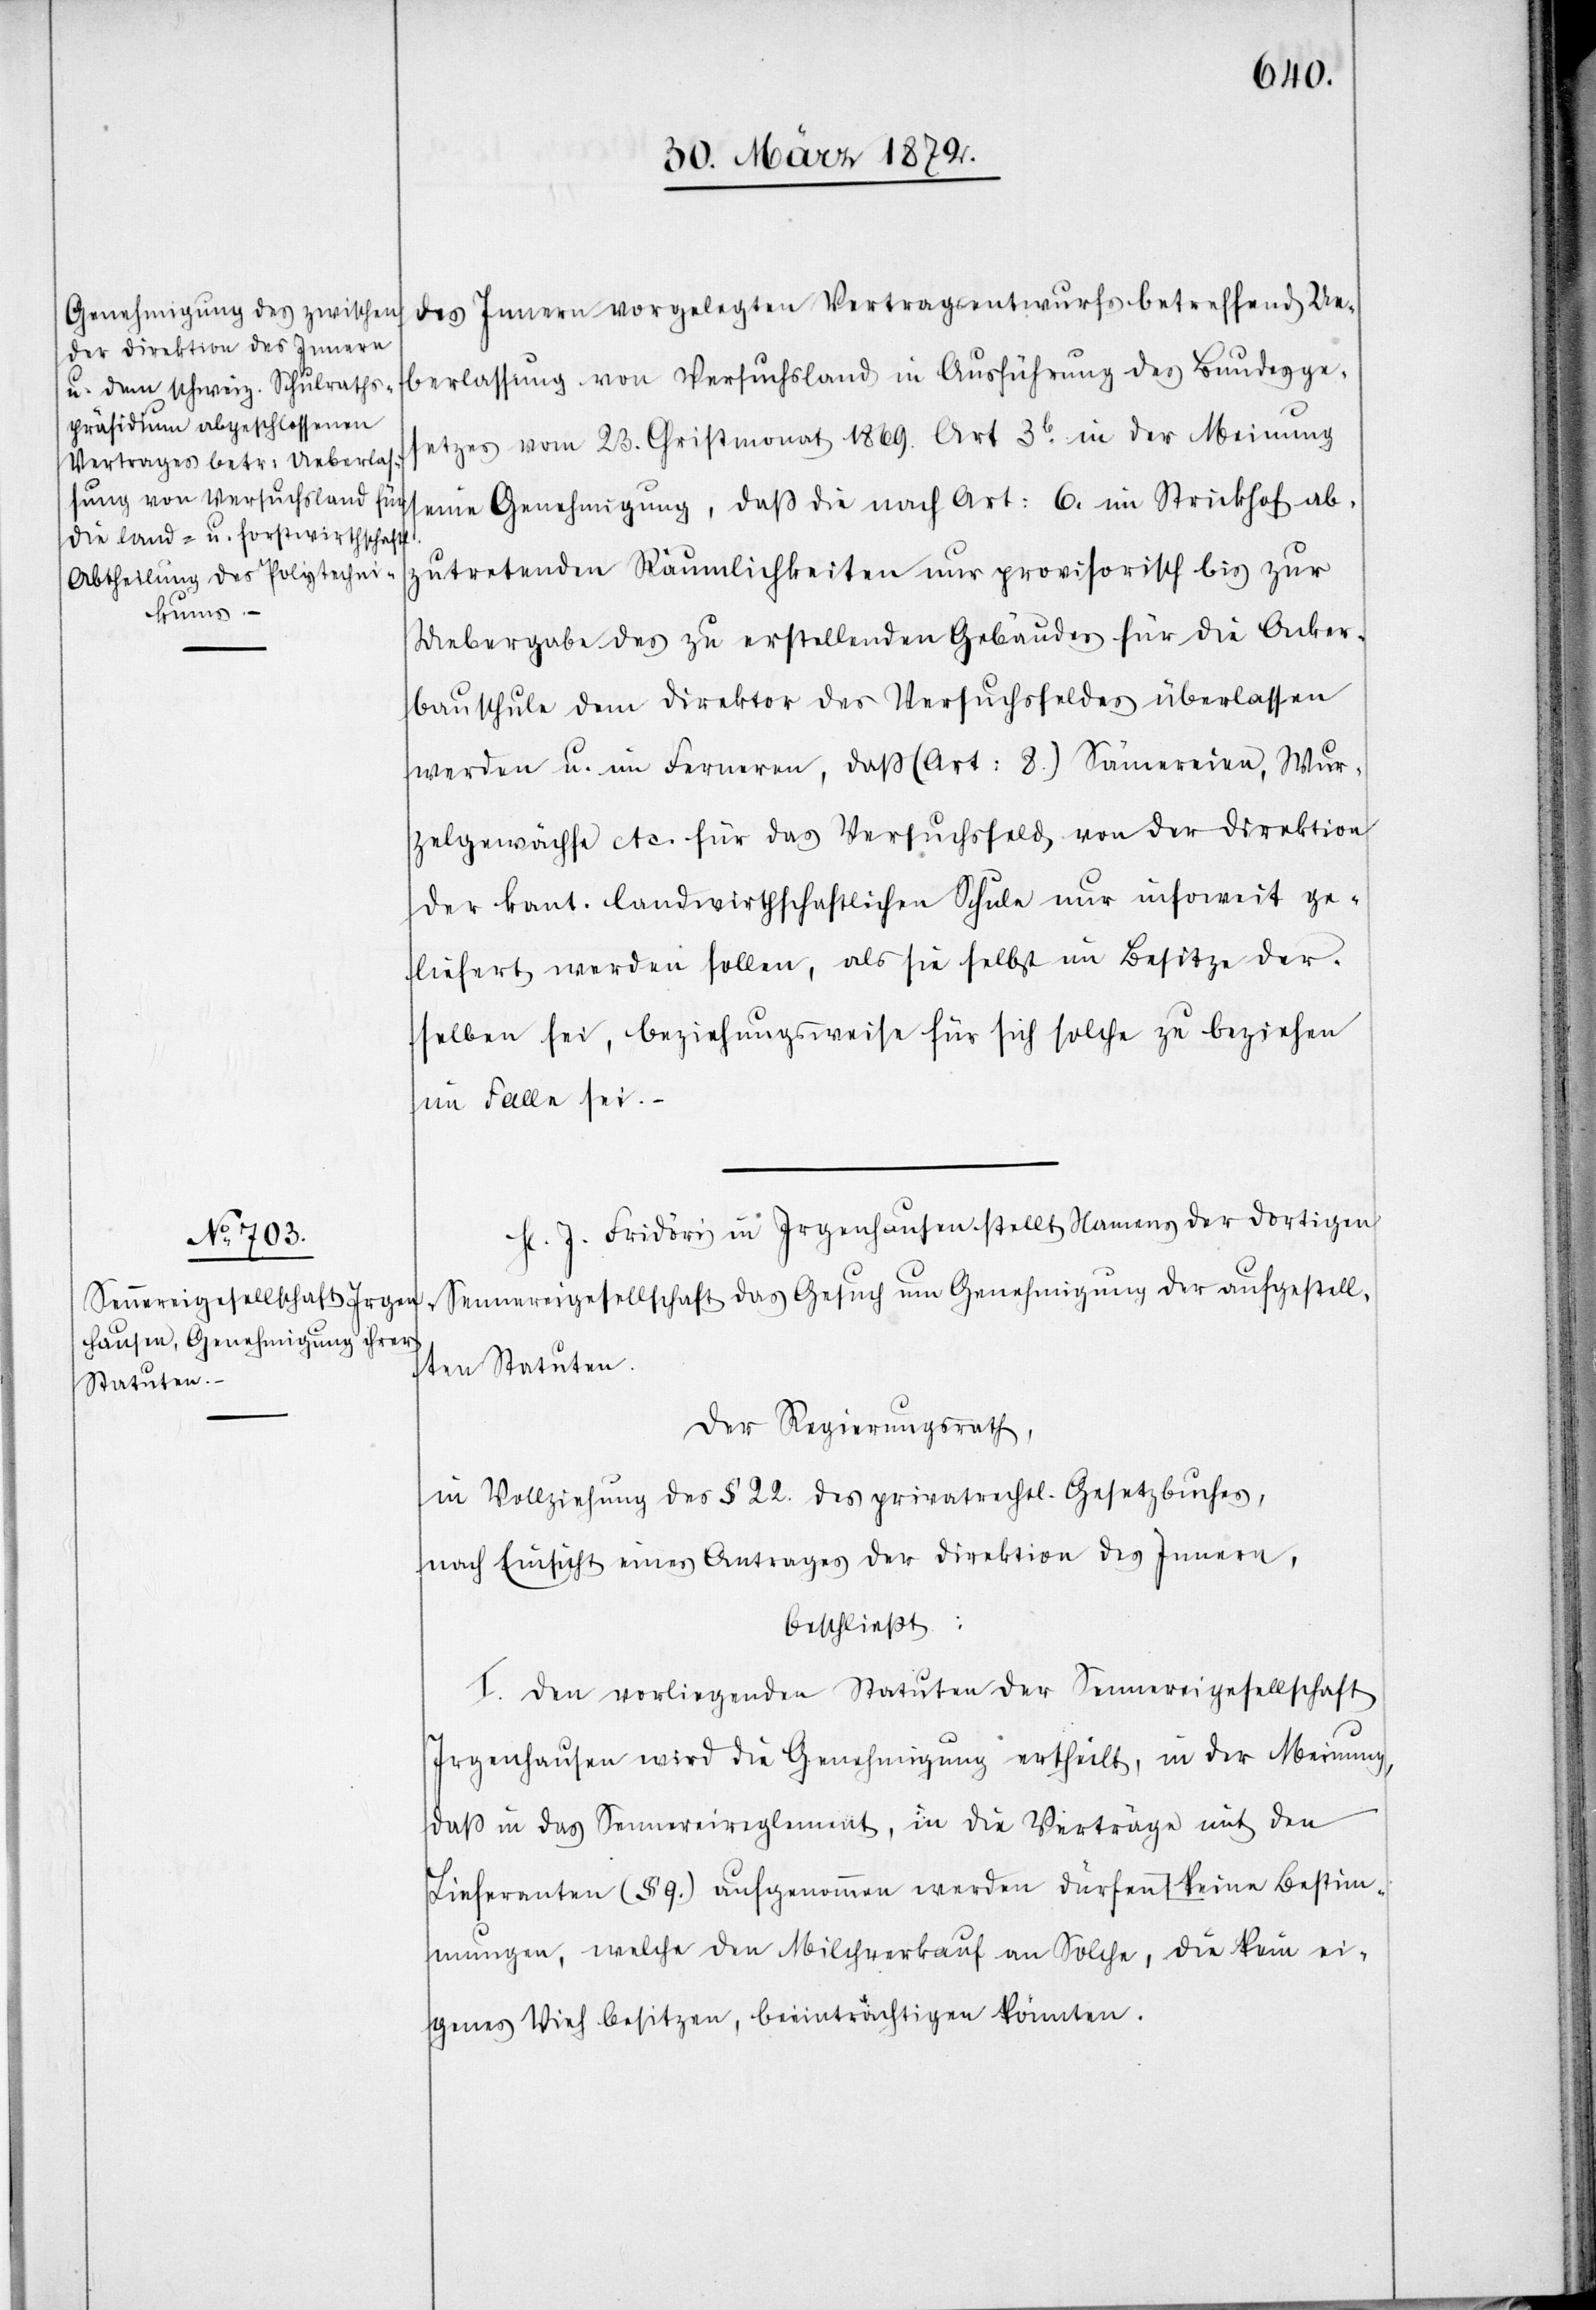
des Innern vorgelegten Vertragsentwurfs betreffend Ue¬
berlassung von Versuchsland in Ausführung des Bundesges¬
etzes vom 23. Christmonat 1869. Art 3b in der Meinung
seine Genehmigung, daß die nach Art: 6. im Strickhof ab¬
zutretenden Räumlichkeiten nur provisorisch bis zur
Uebergabe des zu erstellenden Gebäudes für die Acker¬
bauschule dem Direktor des Versuchsfeldes überlassen
werden u. im Ferneren, daß (Art: 8.) Sämereien, Wur¬
zelgewächse etc. für das Versuchsfeld von der Direktion
der kant. landwirthschaftlichen Schule nur insoweit ge¬
liefert werden sollen, als sie selbst im Besitze der¬
selben sei, beziehungsweise für sich solche zu beziehen
im Falle sei.
Hr. J. Fridöri in Irgenhausen stellt Namens der dortigen
Sennereigesellschaft das Gesuch um Genehmigung der aufgestell¬
ten Statuten.
Der Regierungsrath,
in Vollziehung des § 22. des privatrechtl. Gesetzbuches,
nach Einsicht eines Antrages der Direktion des Innern,
beschließt:
I. Den vorliegenden Statuten der Sennereigesellschaft
Irgenhausen wird die Genehmigung ertheilt, in der Meinung,
daß in das Sennereireglement, in die Verträge mit den
dürfen, welche den Milchverkauf an Solche, die kein ei¬
genes Vieh besitzen, beeinträchtigen könnten.